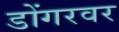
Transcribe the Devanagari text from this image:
डोंगरवर